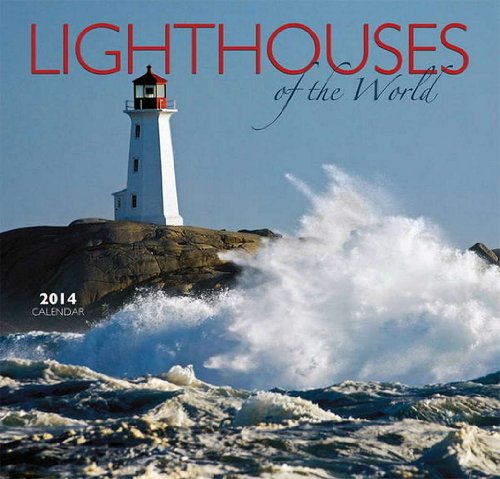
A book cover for Lighthouses of the World 2014 Calendar; Wyman Publishing; Calendars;